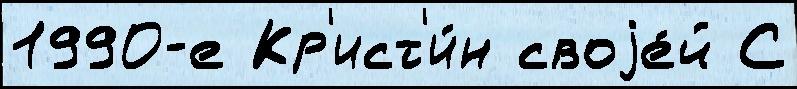
1990-е Кр'ист'и́н своjе́й С